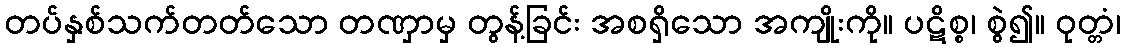
တပ်နှစ်သက်တတ်သော တဏှာမှ တွန့်ခြင်း အစရှိသော အကျိုးကို။ ပဋိစ္စ၊ စွဲ၍။ ဝုတ္တံ၊